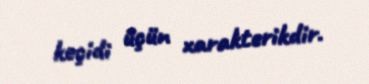
keçidi üçün xarakterikdir.